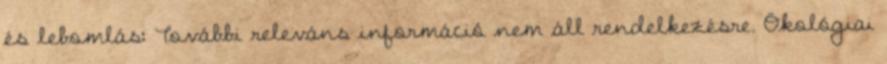
és lebomlás: További releváns információ nem áll rendelkezésre. Ökológiai